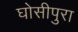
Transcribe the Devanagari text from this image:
घोसीपुरा